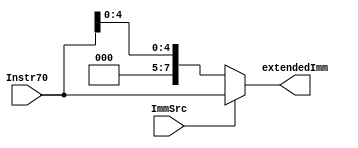
module extendImm
(
//data,shift no needfor the extendedImm
//memory inst imm5 for the ldr and str
//memory inst imm8 for the immediate
//branch no need to extend
//input port
input  	  ImmSrc,
input  	  [7:0]	Instr70, 
//output port
output    [7:0]  extendedImm
);
//ImmSrc 1 no change
//ImmSrc 0 imm5
assign extendedImm=ImmSrc ? Instr70 :{3'b0,Instr70[4:0]};


endmodule